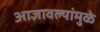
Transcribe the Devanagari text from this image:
आज्ञावल्यांमुळे